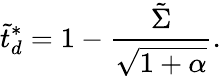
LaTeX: \tilde{t}_{d}^{*}=1-\frac{\tilde{\Sigma}}{\sqrt{1+\alpha}}.